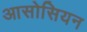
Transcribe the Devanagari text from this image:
आसोसियन